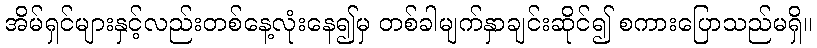
အိမ်ရှင်များနှင့်လည်းတစ်နေ့လုံးနေ၍မှ တစ်ခါမျက်နှာချင်းဆိုင်၍ စကားပြောသည်မရှိ။